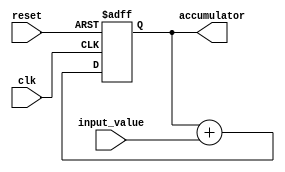
module accumulator(
    input clk,
    input reset,
    input [7:0] input_value,
    output reg [15:0] accumulator
);

reg [15:0] next_accumulator;

// Sequential logic
always @(posedge clk or posedge reset) begin
    if (reset) begin
        accumulator <= 16'b0;
    end else begin
        accumulator <= next_accumulator;
    end
end

// Combinational logic
always @* begin
    next_accumulator = accumulator + input_value;
end

endmodule